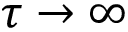
\tau \rightarrow \infty